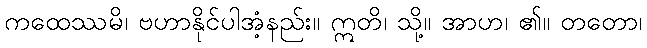
ကထေဿမိ၊ ဗဟာနိုင်ပါအံ့နည်း။ ဣတိ၊ သို့။ အာဟ၊ ၏။ တတော၊